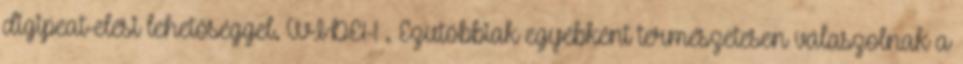
digipeat-elési lehetőséggel. WIDE1-1 . Ezutóbbiak egyébként természetesen válaszolnak a